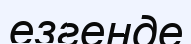
езгенде